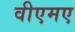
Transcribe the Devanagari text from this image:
वीएमए